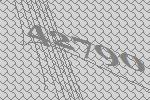
42790